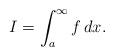
LaTeX: \begin{align*}I=\int_a^\infty f\,dx.\end{align*}